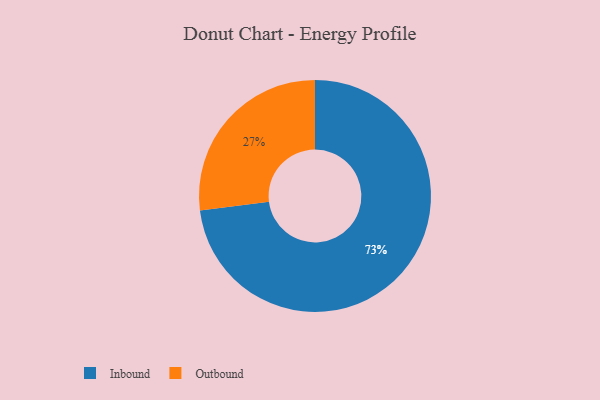
{"axis": {"x": "Category", "y": "Percentage"}, "legend": ["Inbound", "Outbound"], "data": [{"x": "Inbound", "y": 73, "type": "Inbound"}, {"x": "Outbound", "y": 27, "type": "Outbound"}]}